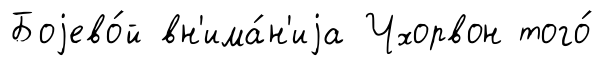
Боjево́й вн'има́н'иjа Чхорвон того́